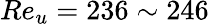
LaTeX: Re_{u}=236\sim 246